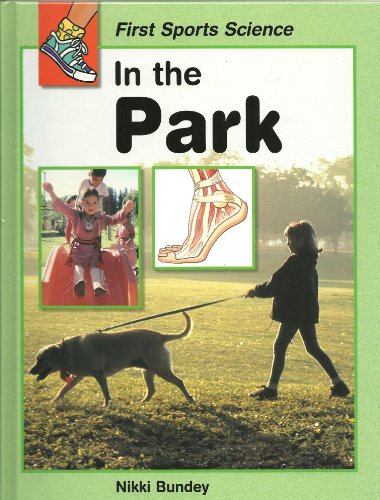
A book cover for In the Park (First Sports Science); Nikki Bundey; Sports & Outdoors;